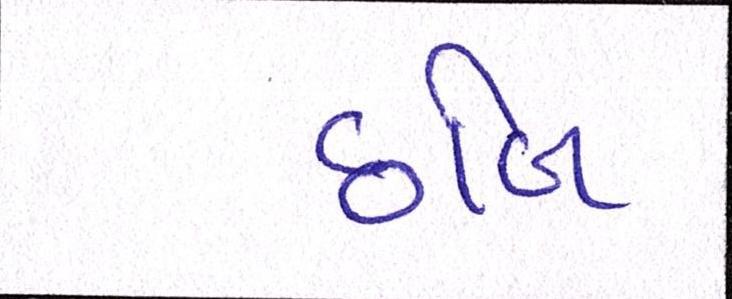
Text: છબિ